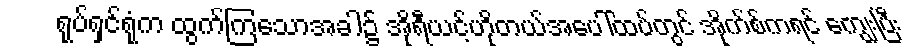
ရုပ်ရှင်ရုံက ထွက်ကြသောအခါ၌ အိုရီယင့်ဟိုတယ်အပေါ်ထပ်တွင် အိုက်စ်ကရင် ကျွေးပြီး